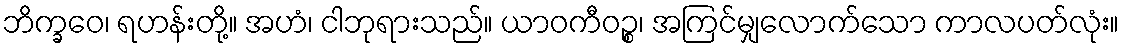
ဘိက္ခဝေ၊ ရဟန်းတို့။ အဟံ၊ ငါဘုရားသည်။ ယာဝကီဝဉ္စ၊ အကြင်မျှလောက်သော ကာလပတ်လုံး။